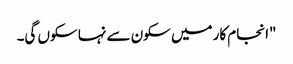
"انجام کار میں سکون سے نہا سکوں گی۔